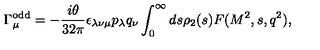
\Gamma _ { \mu } ^ { \mathrm { o d d } } = - { \frac { i \theta } { 3 2 \pi } } \epsilon _ { \lambda \nu \mu } p _ { \lambda } q _ { \nu } \int _ { 0 } ^ { \infty } d s \rho _ { 2 } ( s ) F ( M ^ { 2 } , s , q ^ { 2 } ) ,